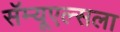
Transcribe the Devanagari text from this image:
सॅम्यूएल्सला